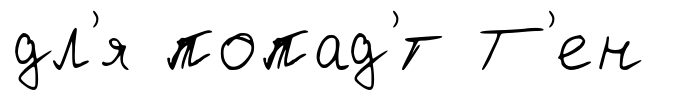
дл'я попад'́т Т'ен